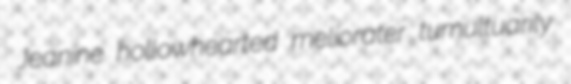
Jeanine hollowhearted meliorater tumultuarily